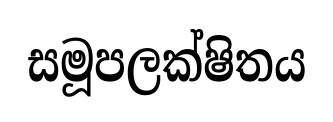
සමූපලක්ෂිතය